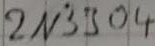
Text: 2N3904